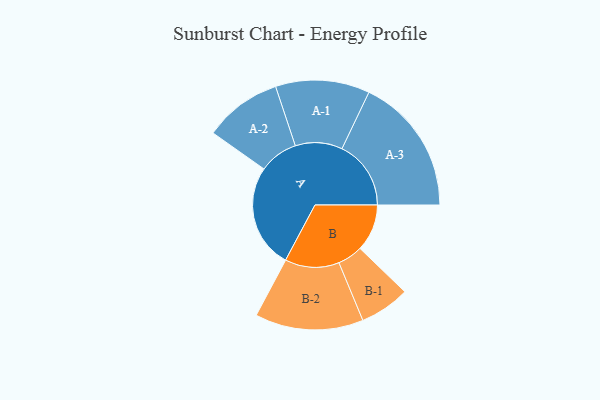
{"axis": {"x": "Segment", "y": "Value"}, "legend": ["", "A", "B"], "data": [{"x": "A", "y": 422, "type": ""}, {"x": "B", "y": 191, "type": ""}, {"x": "A-1", "y": 191, "type": "A"}, {"x": "A-2", "y": 158, "type": "A"}, {"x": "A-3", "y": 280, "type": "A"}, {"x": "B-1", "y": 102, "type": "B"}, {"x": "B-2", "y": 220, "type": "B"}]}